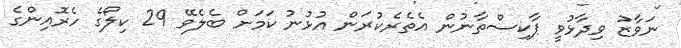
ނަވާޒު ވިދާޅުވީ ޕާކިސްތާނުން އެތެރެކުރަން އުޅުނު ކަމަށް ބެލެވޭ 29 ކިލޯގެ ހެރޮއިންގެ